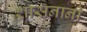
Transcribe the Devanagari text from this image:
शासनानी